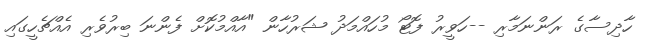
ހާދިސާގެ ރަންނަމާރި --ހަވީރު ފޮޓޯ މުހައްމަދު ޝަރުހާން "އާއްމުކޮށް ފެންނަ ބިރުވެރި އެއްޗެހީގައި